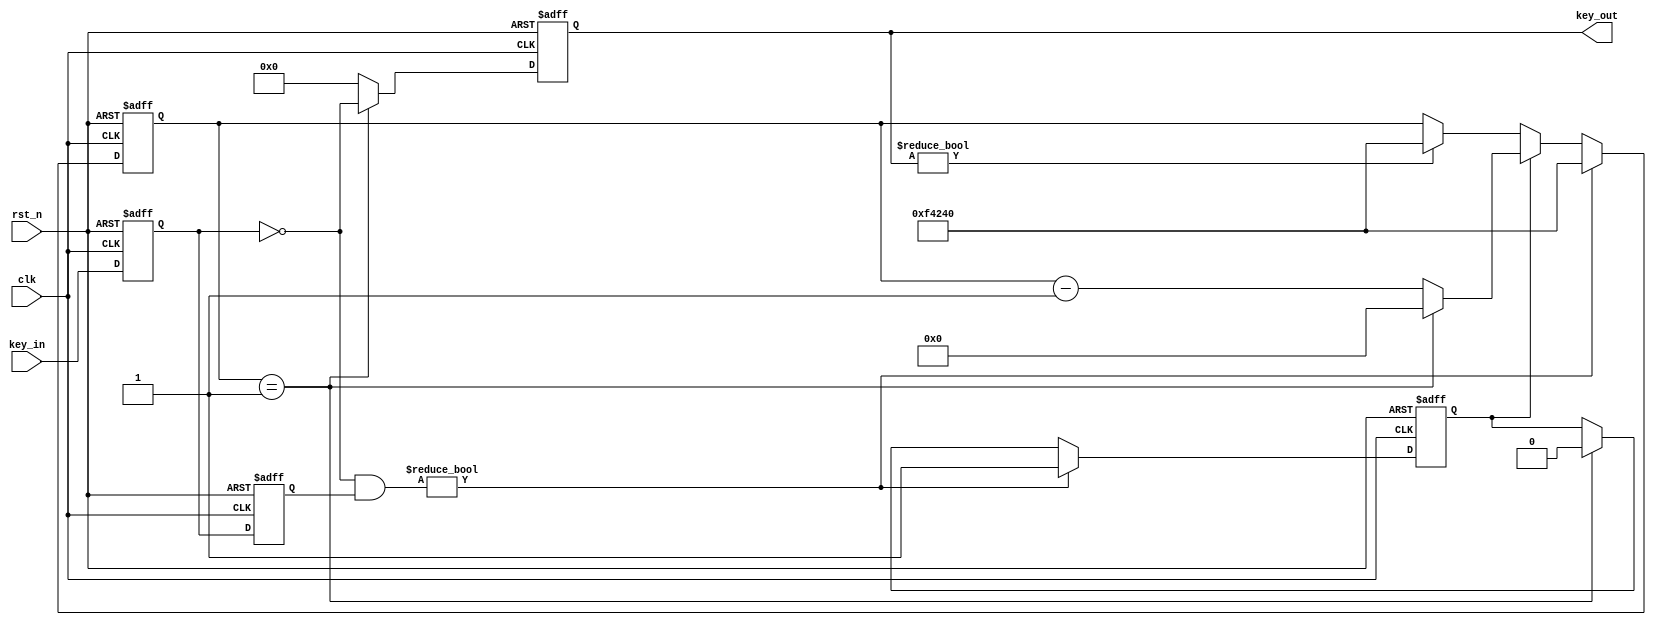
module key_debounce (
    input   wire        clk     ,
    input   wire        rst_n   ,
    input   wire [3:0]  key_in  ,

    output  wire [3:0]  key_out
);
    parameter MAX_20ms = 20'd1_000_000;
    reg     [19:0] cnt_20ms ;
    reg     [3:0]  key_flag ;
    reg            start    ;   // 
    reg     [3:0]  key_r0   ;  // 0
    reg     [3:0]  key_r1   ;  // 1
    wire    [3:0]  nedge    ;
    reg     [3:0]  flag     ;

    // 20ms 
    always @(posedge clk or negedge rst_n) begin
        if(!rst_n) begin
            cnt_20ms <= 20'd0;
        end
        else if (nedge) begin
            cnt_20ms <= MAX_20ms;
        end
        else if(start) begin
            if(cnt_20ms == 1'd1)begin
                cnt_20ms <= 20'd0;
            end
            else begin
                cnt_20ms <= cnt_20ms - 1'd1; 
            end
        end
        else if(flag) begin
            cnt_20ms <= MAX_20ms;
        end
        else begin
            cnt_20ms <= cnt_20ms;
        end
    end

    always @(posedge clk or negedge rst_n) begin
        if(!rst_n) begin
            key_r0 <= 4'b1111;
            key_r1 <= 4'b1111;
        end
        else begin
            key_r0 <= key_in;       // 
            key_r1 <= key_r0;       //  
        end
    end

    // start 
    always @(posedge clk or negedge rst_n) begin
        if(!rst_n) begin
            start <= 1'b0;
        end
        else if(nedge) begin
            start <= 1'b1;
        end
        else if(cnt_20ms == 1'b1) begin
            start <= 1'b0;
        end
        else begin
            start <= start;
        end
    end
    //  flag 
    always @(posedge clk or negedge rst_n) begin
        if(!rst_n) begin
            flag <= 4'b0000;
        end
        else if(cnt_20ms == 1'b1) begin
            flag <= ~key_r0;
        end
        else begin
            flag <= 4'b0000;
        end
    end

    assign nedge = ~key_r0 & key_r1;

    assign key_out = flag;
endmodule